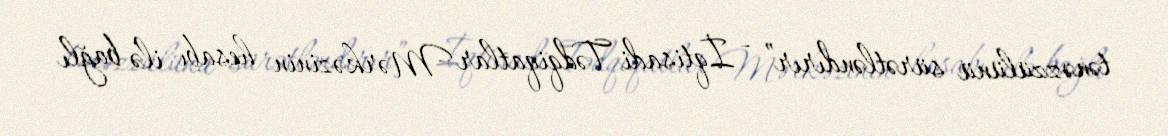
tənəzzülünü sürətləndırır” - İqtisadi Tədqiqatlar Mərkəzinin hesabı ilə bağlı